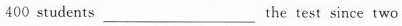
400 students___the test since two